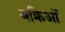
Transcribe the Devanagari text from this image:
बक्रिओं